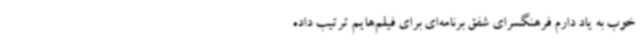
خوب به یاد دارم فرهنگسرای شفق برنامه‌ای برای فیلم‌هایم ترتیب داده